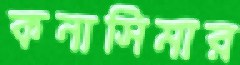
কনাসিমার